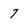
Character: 7